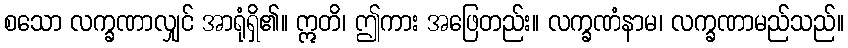
စသော လက္ခဏာလျှင် အာရုံရှိ၏။ ဣတိ၊ ဤကား အဖြေတည်း။ လက္ခဏံနာမ၊ လက္ခဏာမည်သည်။